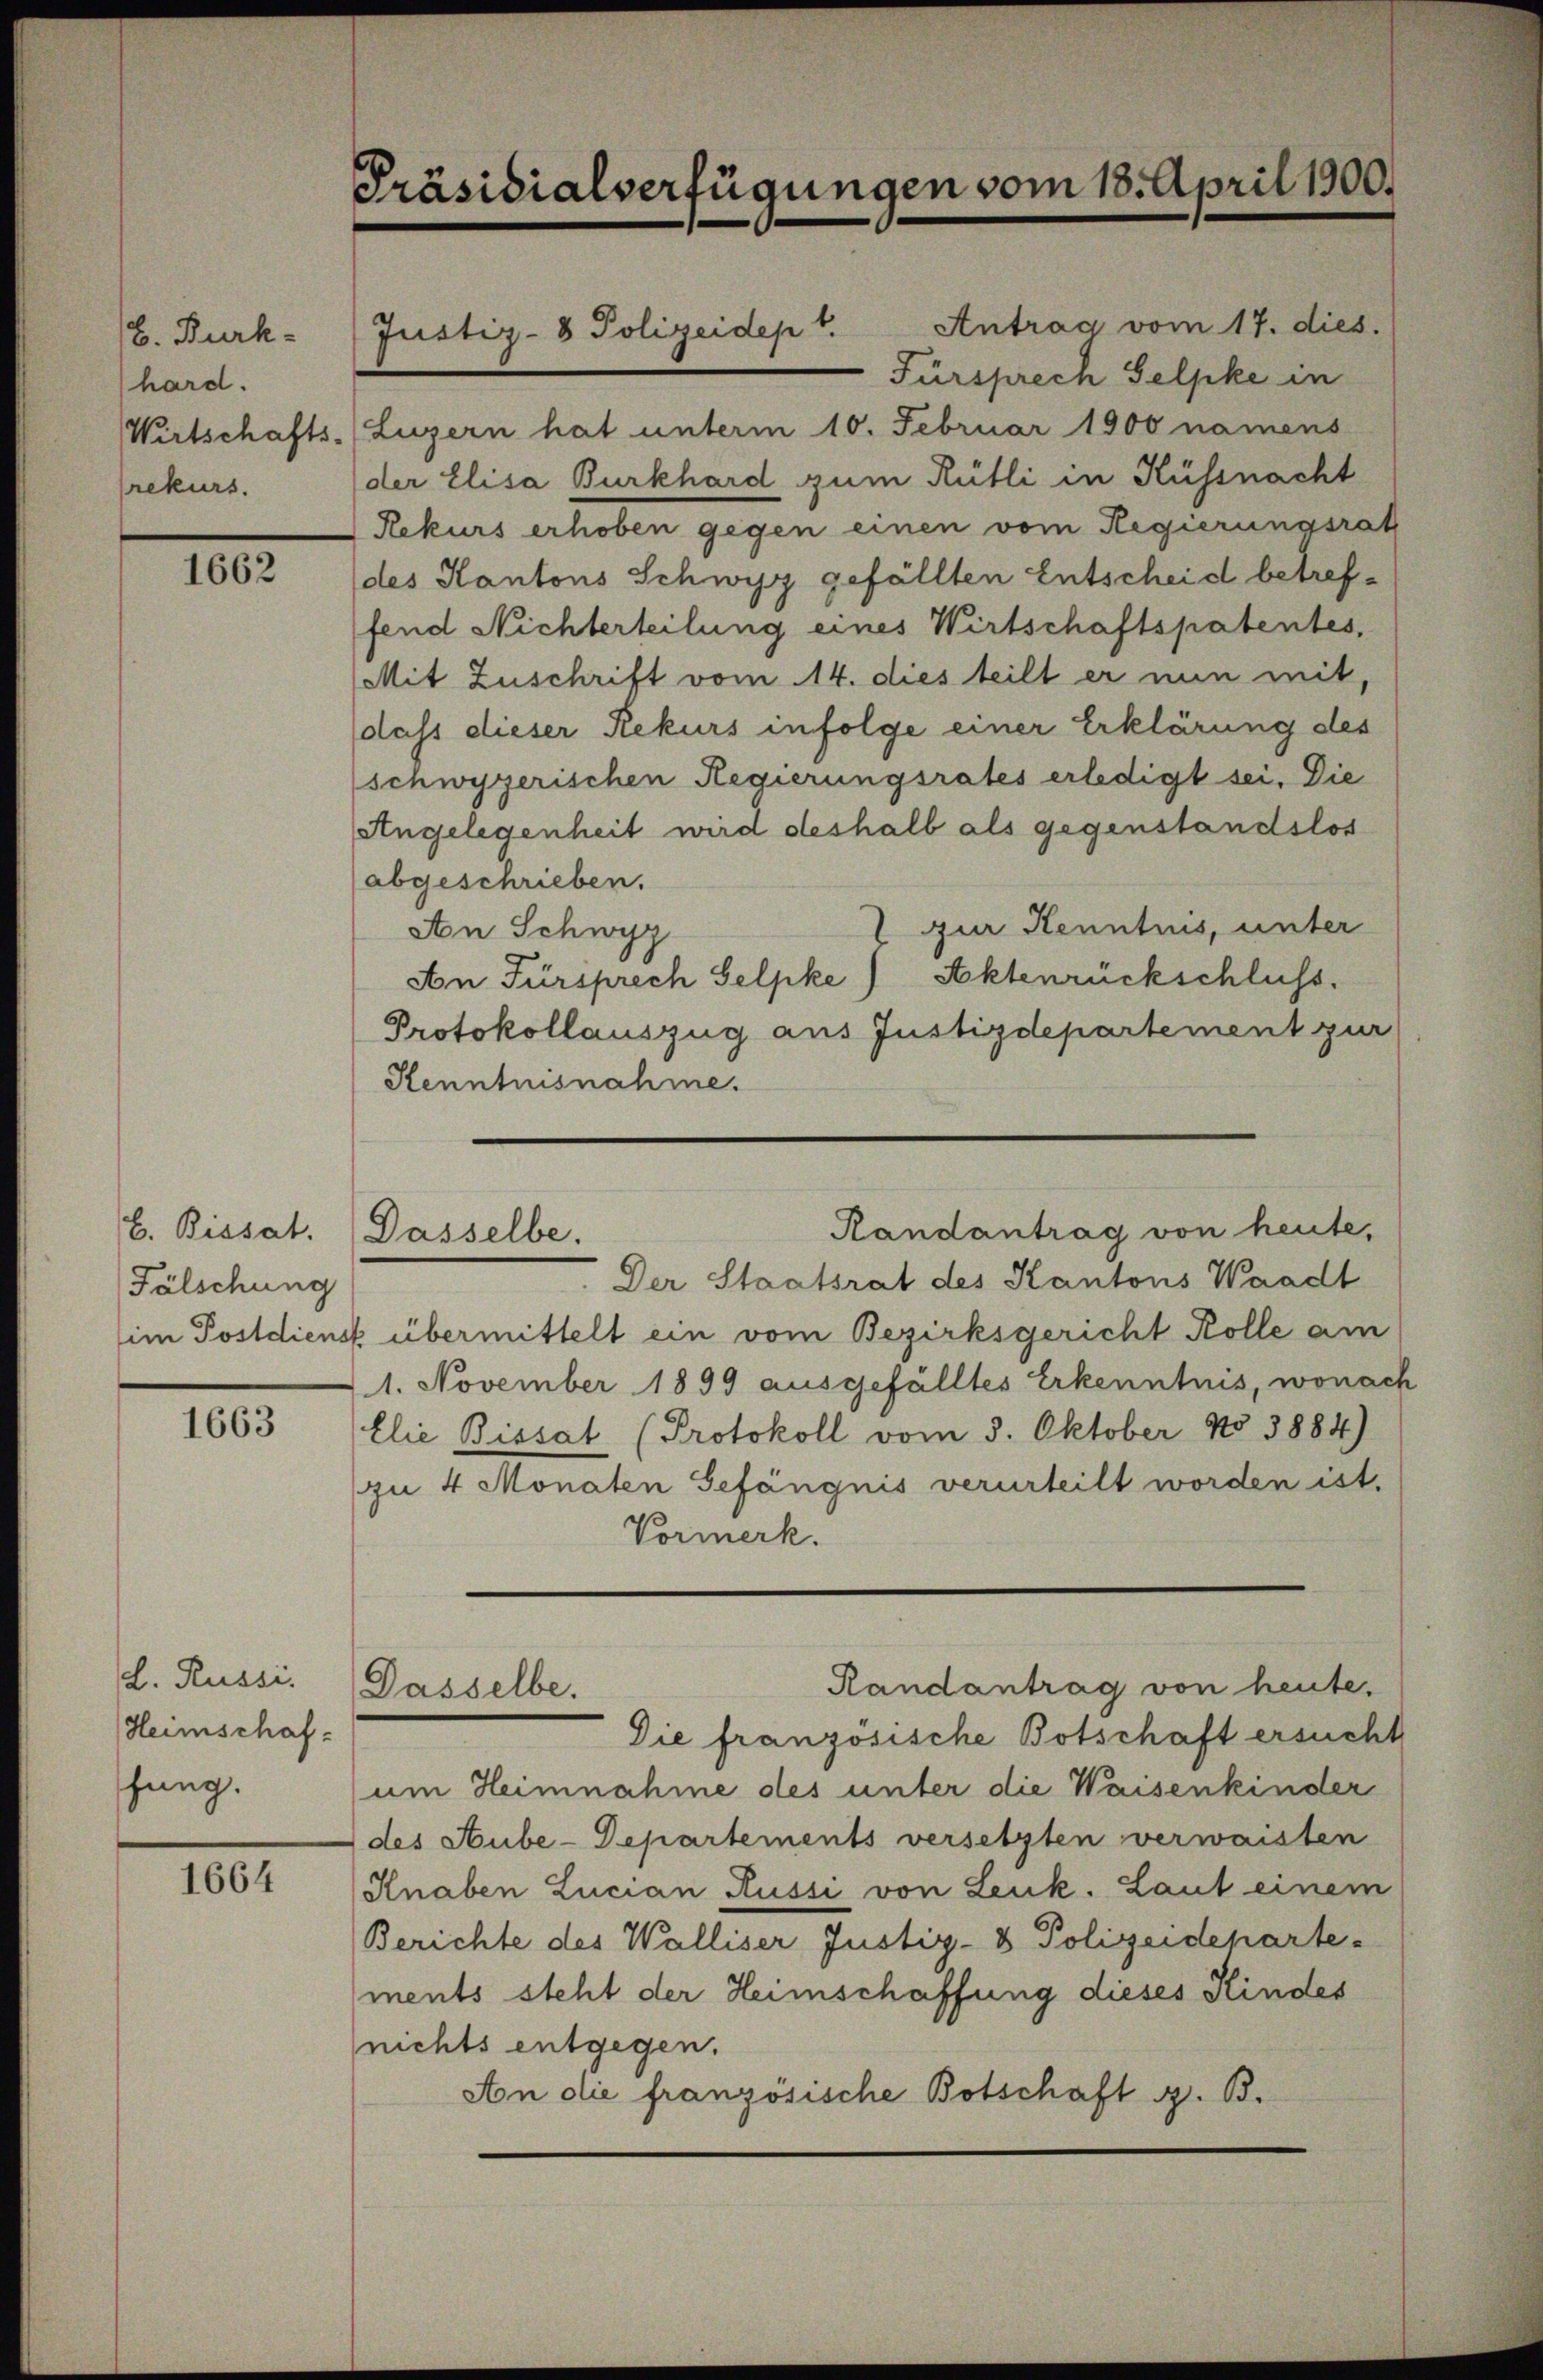
L. Burk-
hard.
Wirtschafts-
rekurs.

1662

b. Bissat
Fälschung
im Postdiens

1663

d. Russi
Heimschaf
hung.

1664

Präsidialverfügungen vom 18. April 1900.

Justiz- & Polizeidept.

Randantrag von heute.
Dasselbe.

Antrag vom 17. dies.
Fürsprech Selpke in
Luzern hat unterm 10. Februar 1900 namens
der Elisa Burkhard zum Rütli in Küssnacht
Rekurs erhoben gegen einen vom Regierungsrat
des Kantons Schwyz gefällten Entscheid betreffend Nichterteilung eines Wirtschaftspatentes,
Mit Zuschrift vom 14. dies teilt er nun mit,
dass dieser Rekurs infolge einer Erklärung des
schwyzerischen Regierungsrates erledigt sei. Die
Angelegenheit wird deshalb als gegenstandslos
abgeschrieben.
1 zur Kenntnis, unter
An Schwyz
Aktenrückschluss.
An Fürsprech Gelpke
Protokollauszug aus Justizdepartement zur
Kenntnisnahme.
Der Staatsrat des Kantons Waadt
 übermittelt ein vom Bezirksgericht Kolle am
11. November 1899 ausgefälltes Erkenntnis, wonach
Elie Bissat (Protokoll vom 3. Oktober No 3884)
zu 4 Monaten Gefängnis verurteilt worden ist.
Vormerk.
Randantrag von heute.
Dasselbe.
Die französische Botschaft ersucht
um Heimnahme des unter die Waisenkinder
des Hube-Departements versetzten verwaisten
Knaben Lucian Russi von Leuk. Laut einem
Berichte des Walliser Justiz- & Polizeideparte-
ments steht der Heimschaffung dieses Kindes
nichts entgegen.
An die französische Botschaft z. B.